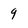
Character: 9